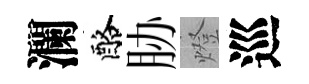
瀾酪胁燈巡